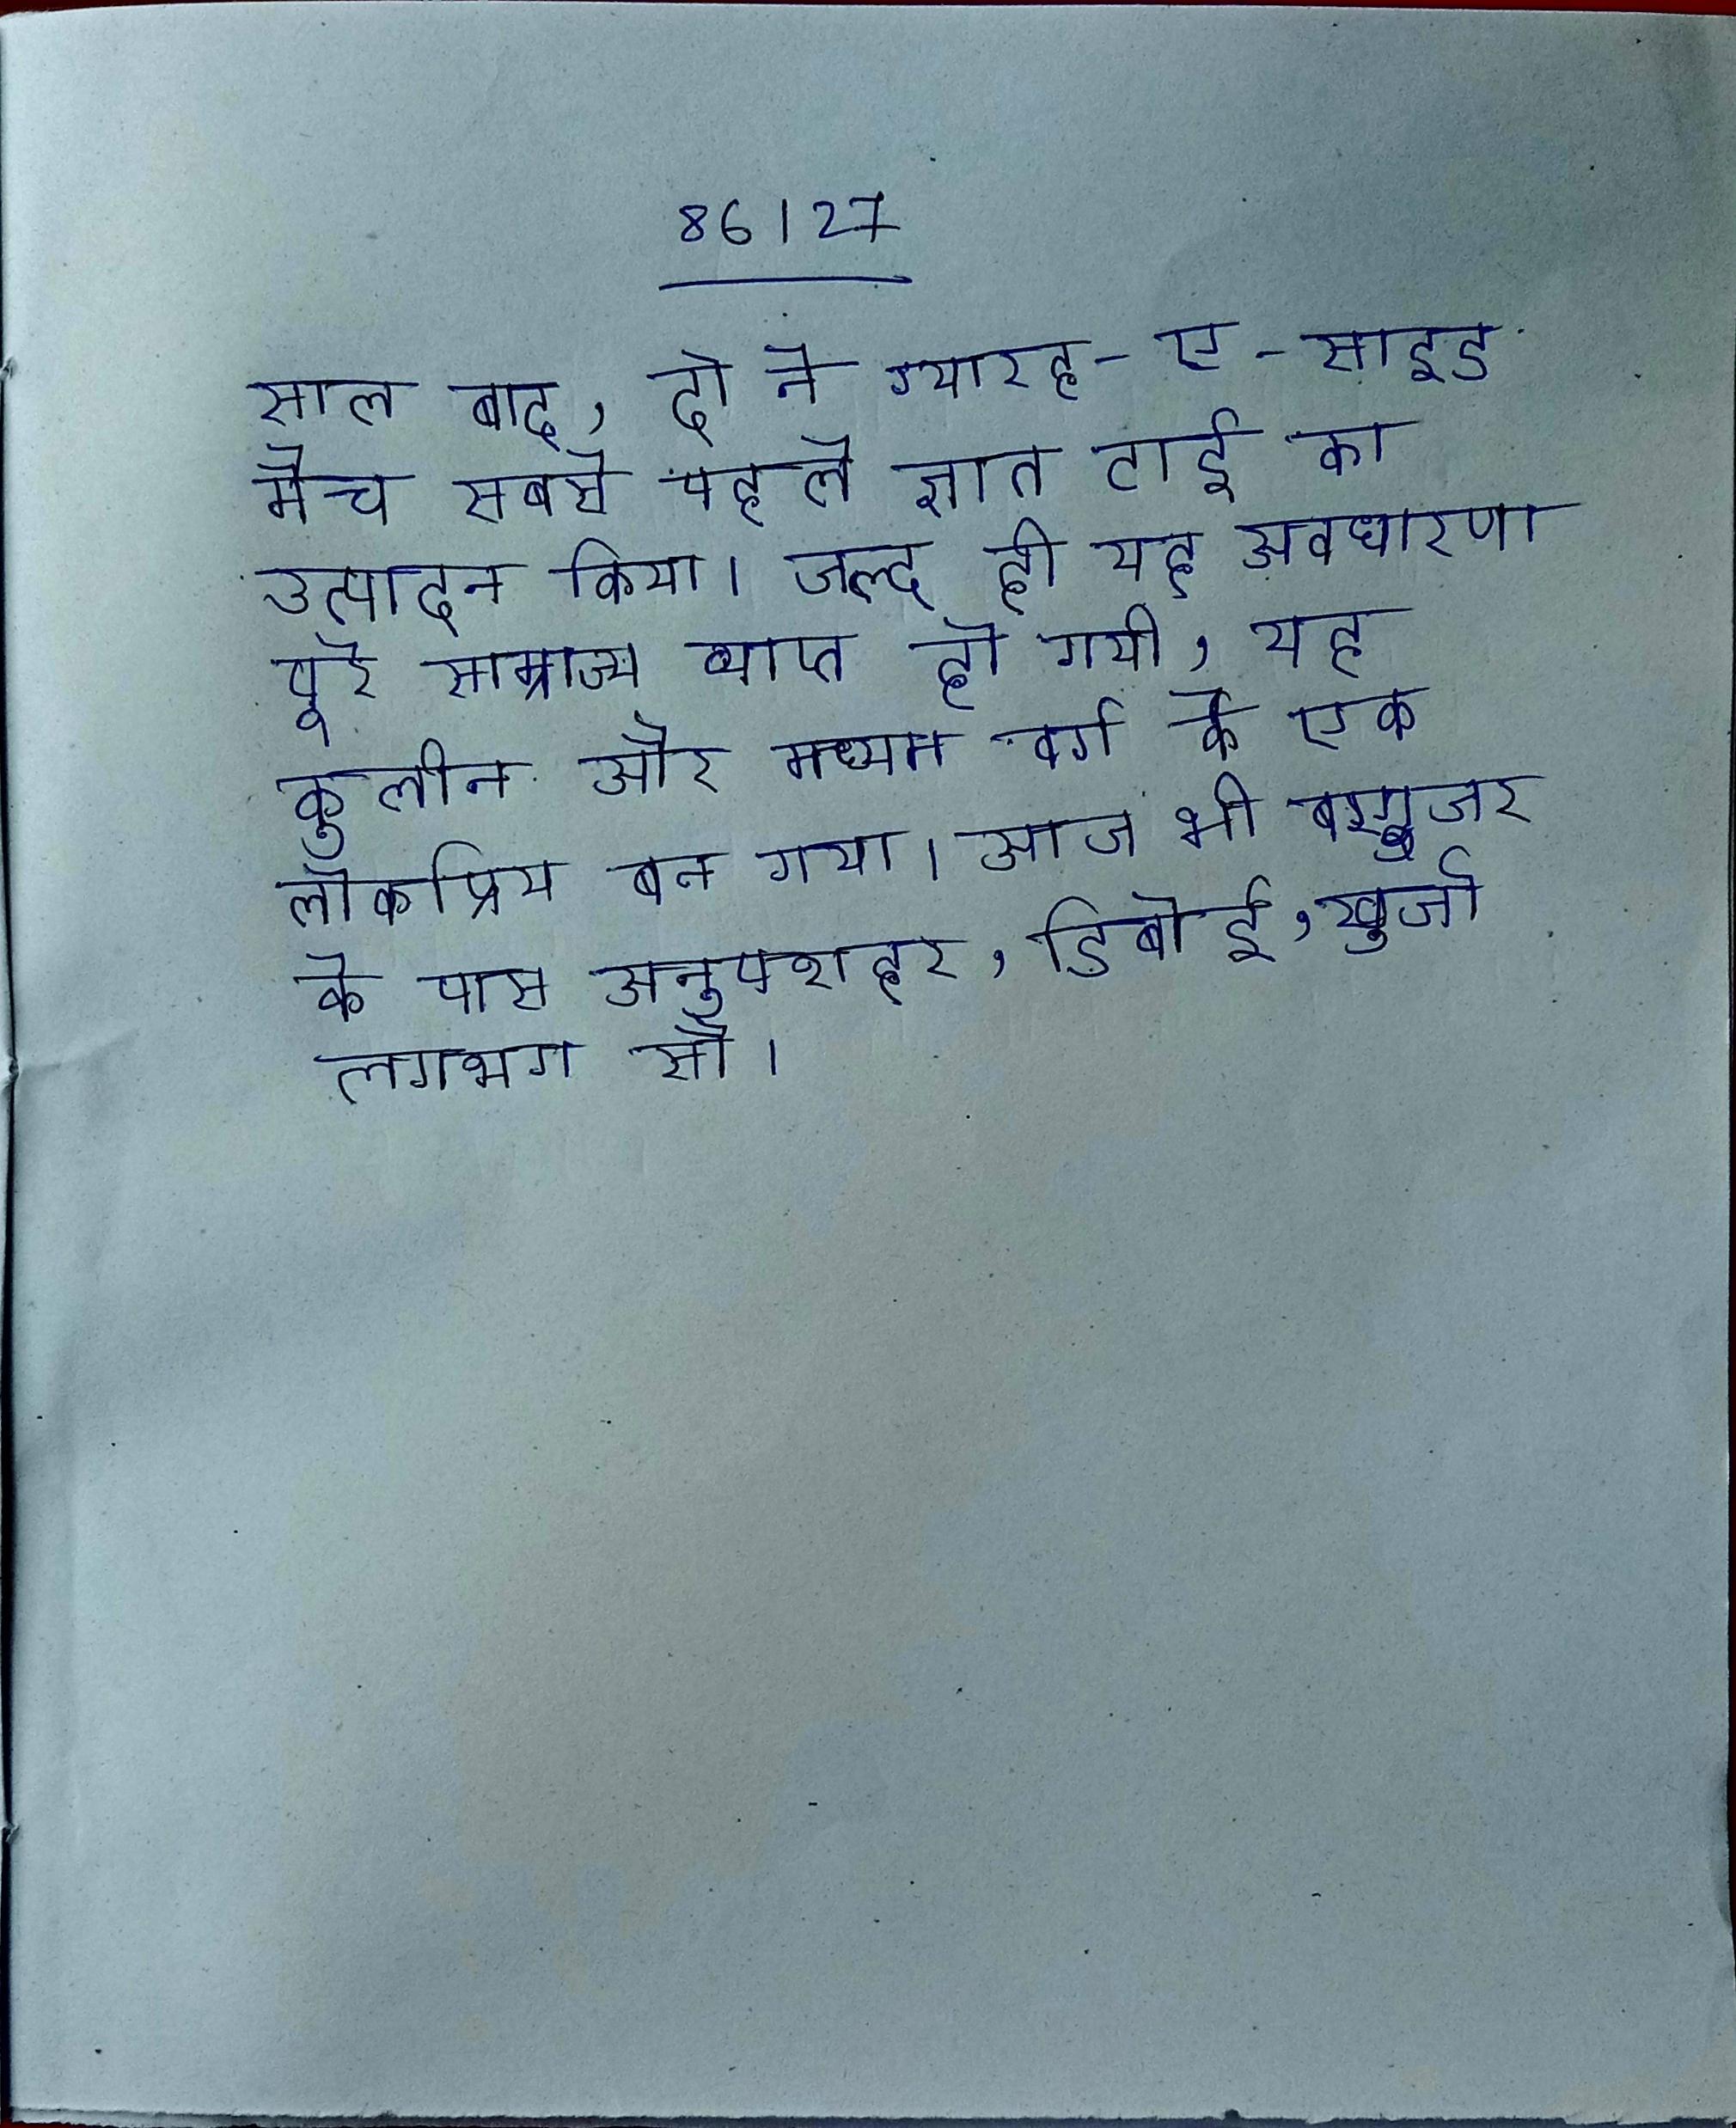
साल बाद, दो ने ग्यारह-ए-साइड मैच सबसे पहले ज्ञात टाई का उत्पादन किया । जल्द ही यह अवधारणा पूरे साम्राज्य व्याप्त हो गयी, यह कुलीन और मध्यम वर्ग के एक लोकप्रिय बन गया । आज भी बरगुजर के पास अनूपशहर, डिबोई, खुर्जा लगभग सौ ।